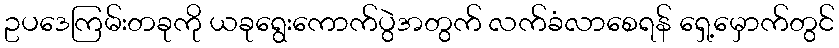
ဥပဒေကြမ်းတခုကို ယခုရွေးကောက်ပွဲအတွက် လက်ခံလာစေရန် ရှေ့မှောက်တွင်